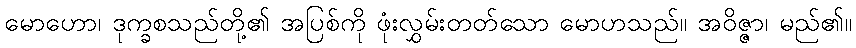
မောဟော၊ ဒုက္ခစသည်တို့၏ အပြစ်ကို ဖုံးလွှမ်းတတ်သော မောဟသည်။ အဝိဇ္ဇာ၊ မည်၏။